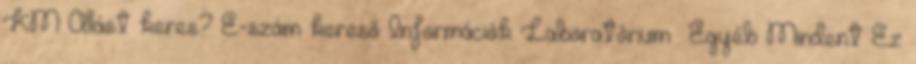
KM Állást keres? E-szám kereső Információk Laboratórium Egyéb Mindent Ez